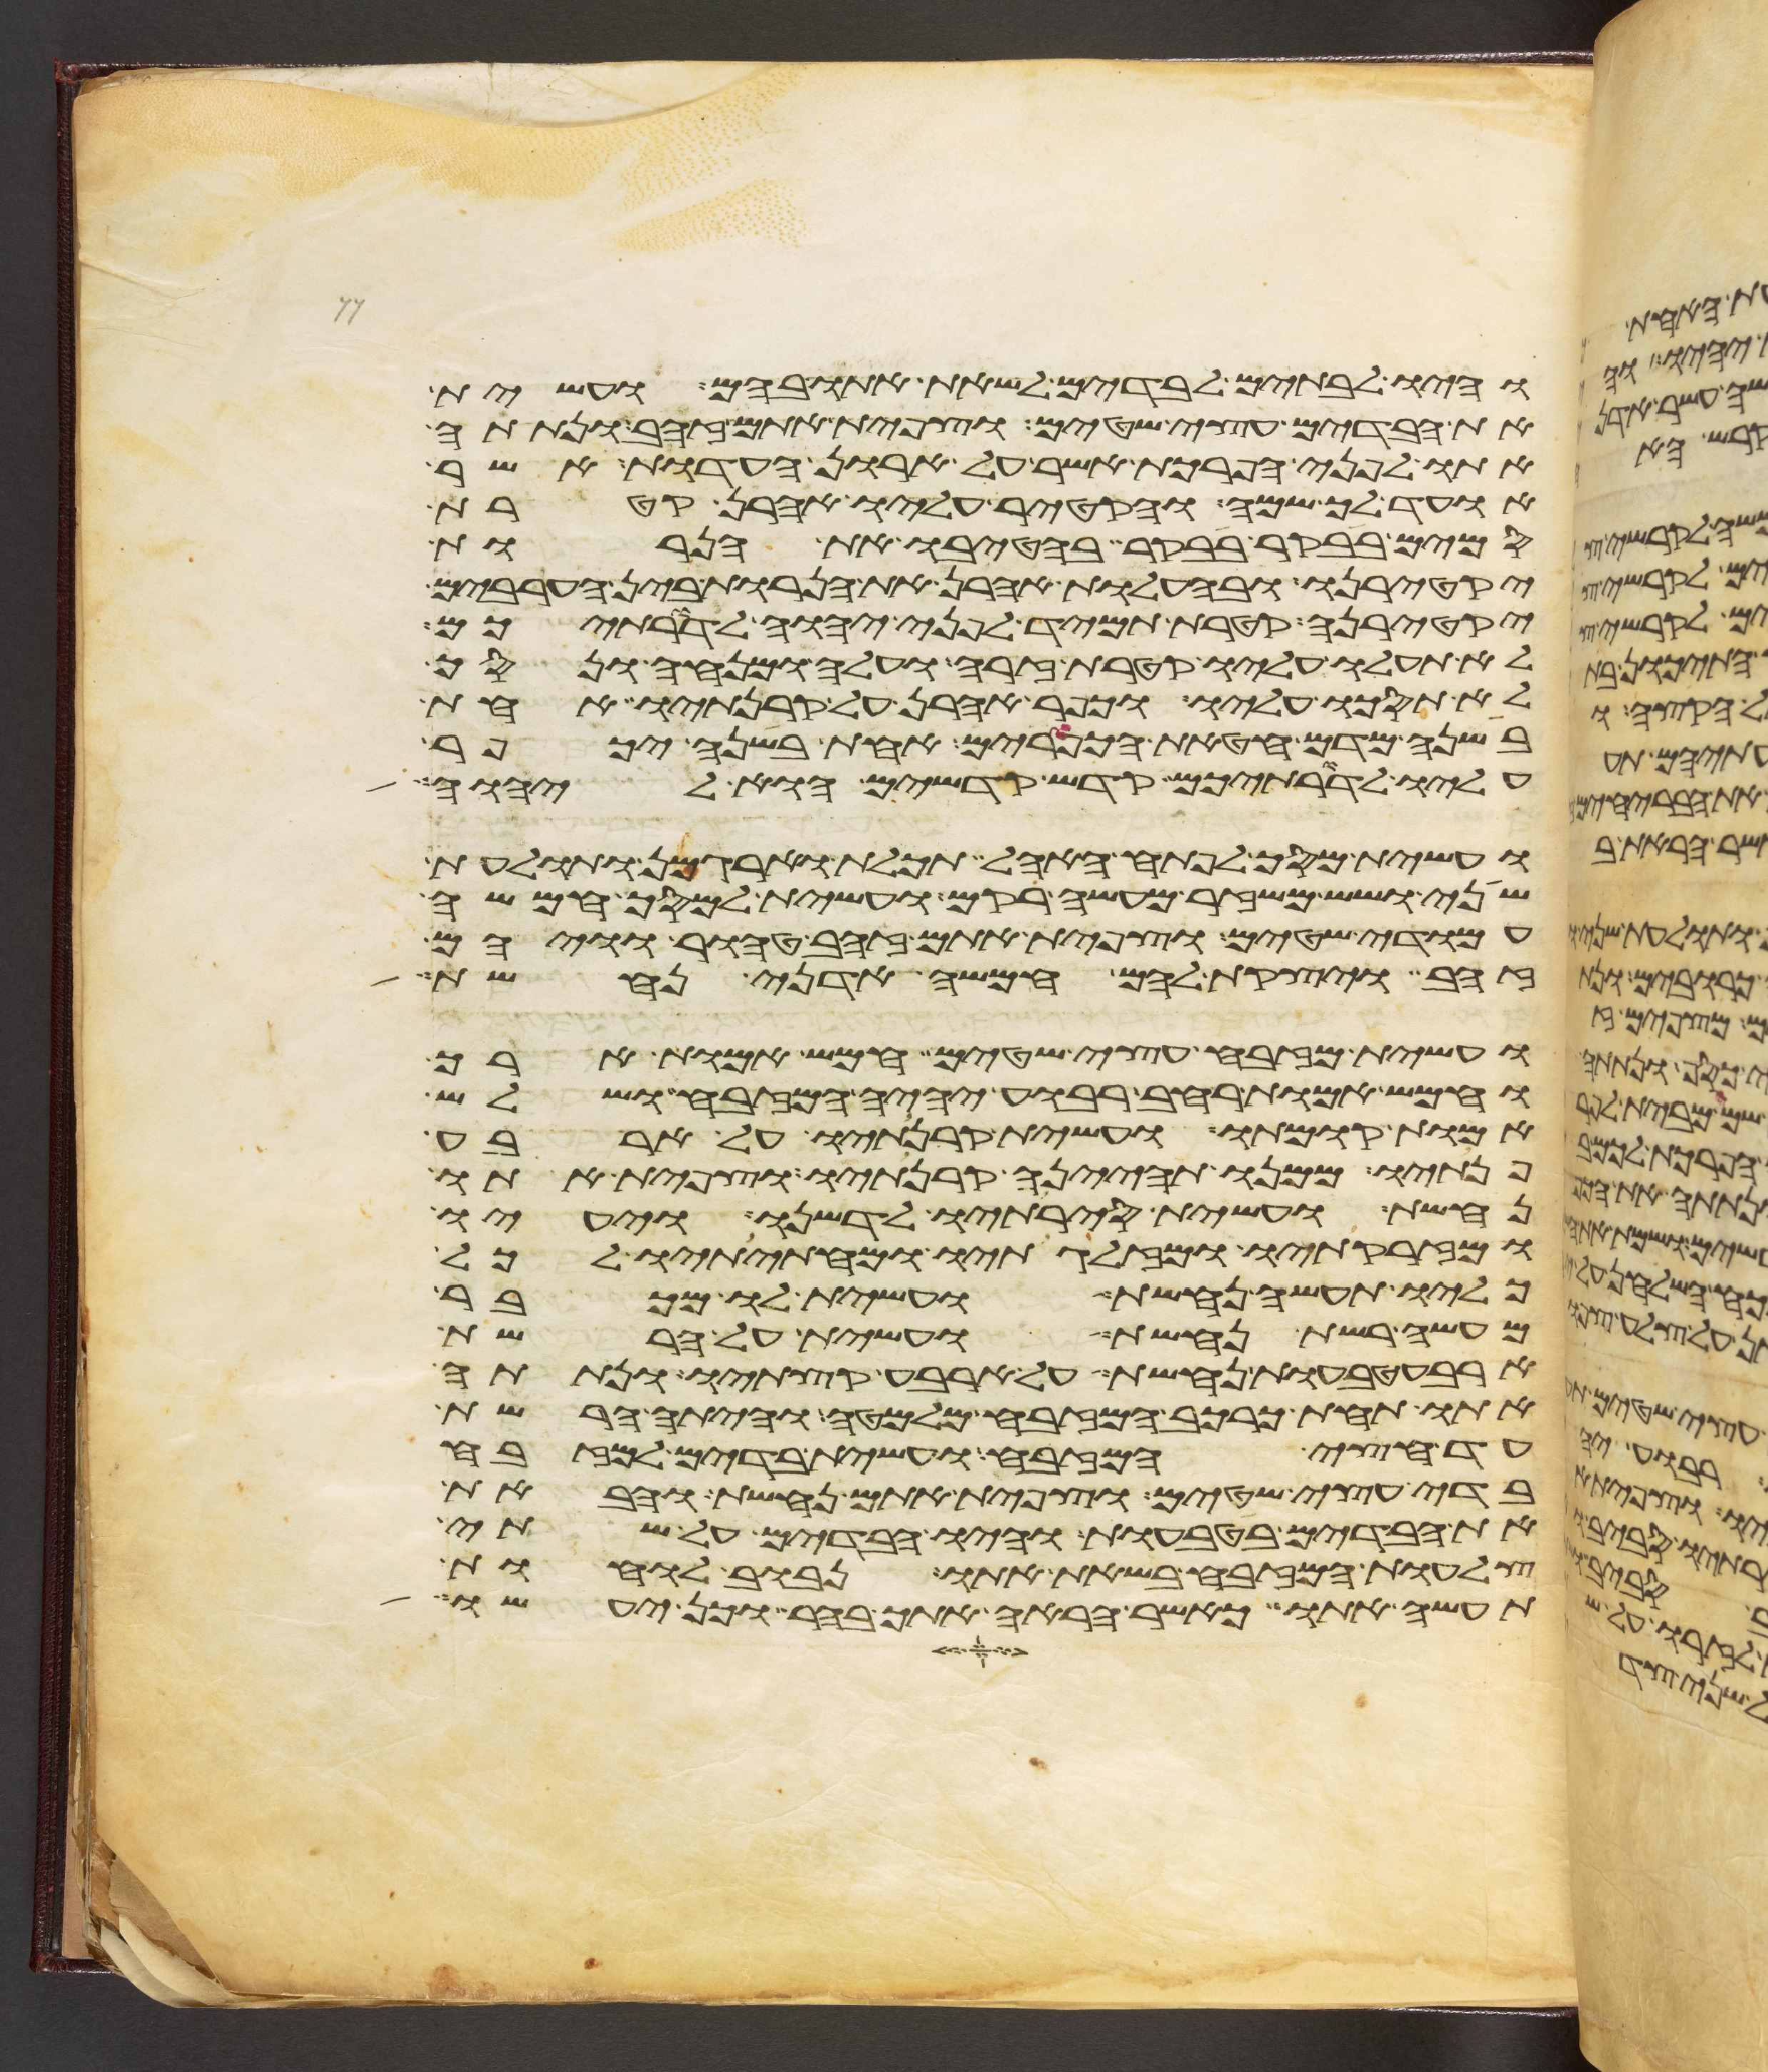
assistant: והיו לבתים לבדים לשאת אתו בהם ועשית
את הבדים עצי שטים וצפית אתם זהב ונתתה
אתו לפני הפרכת אשר על ארון העדות אשר
אועד לך שמה והקטיר עליו אהרן קטרת
סמים בבקר בבקר בהטיבו את הנרות
יקטירנו ובהעלות אהרן את הנרות בין הערבים
יקטירנה קטרת תמיד לפני יהוה לדרתיכם
לא תעלו עליו קטרת זרה ועלה ומנחה ונסך
לא תסכו עליו וכפר אהרן על קרנתיו אחת
בשנה מדם חטאת הכפורים אחת בשנה יכפר
עליו לדרתיכם קדש קדשים הוא ליהוה
ועשית מסך לפתח האהל תכלת וארגמן ותולעת
שני ושש משזר מעשה רקם ועשית למסך חמשה
עמודי שטים וצפית אתם זהב טהור וויהם
זהב ויצקת להם חמשה אדני נחשת
ועשית מזבח עצי שטים חמש אמות ארך
וחמש אמות רחב רבוע יהיה המזבח ושלש
אמות קומתו ועשית קרנתיו על ארבע
פנתיו ממנו תהינה קרנתיו וצפית אתו
נחשת ועשית סירתיו לדשנו ויעיו
ומזרקתיו ומזלגתיו ומחתיתיו לכל
כליו תעשה נחשת ועשית לו מכבר
מעשה רשת נחשת ועשית על הרשת
ארבע טבעות נחשת על ארבע קצתיו ונתתה
אתו תחת כרכב המזבח מלמטה והיתה הרשת
עד חצי המזבח ועשית בדים למזבח
בדי עצי שטים וצפית אתם נחשת והבאת
את הבדים בטבעות והיו הבדים על שתי
צלעות המזבח בשאת אתו נבוב לוחות
תעשה אתו כאשר הראה אתך בהר וכן יעשו